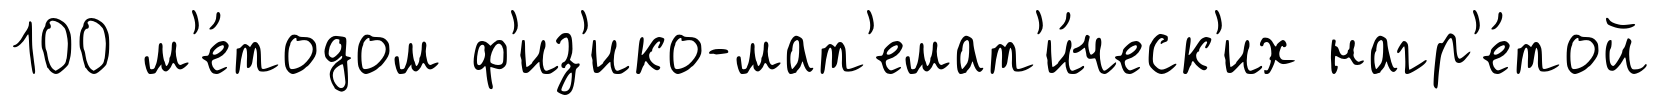
100 м'е́тодом ф'из'ико-мат'емат'и́ческ'их нагр'е́той